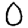
Digit: 0